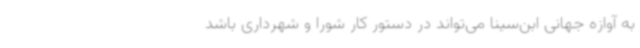
به آوازه جهانی ابن‌سینا می‌تواند در دستور کار شورا و شهرداری باشد